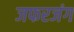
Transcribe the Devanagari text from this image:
जफरजंग